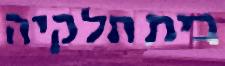
בית חלקיה